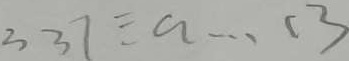
3 3 7 \div a \cdots 1 3